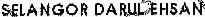
SELANGOR DARUL EHSAN